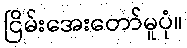
ငြိမ်းအေးတော်မူပုံ။